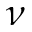
\nu